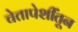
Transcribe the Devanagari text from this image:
चेतापेशींतून